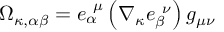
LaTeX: \Omega _ { \kappa , \alpha \beta } = e _ { \alpha } ^ { \ \mu } \left( \nabla _ { \kappa } e _ { \beta } ^ { \ \nu } \right) g _ { \mu \nu }